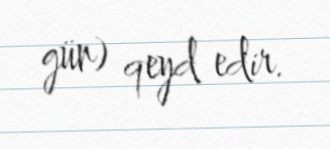
gün) qeyd edir.